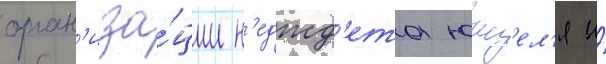
орган'иза́ции н'еджд'ета юкс'ел'я и́